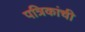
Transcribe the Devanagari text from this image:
पत्रिकांची